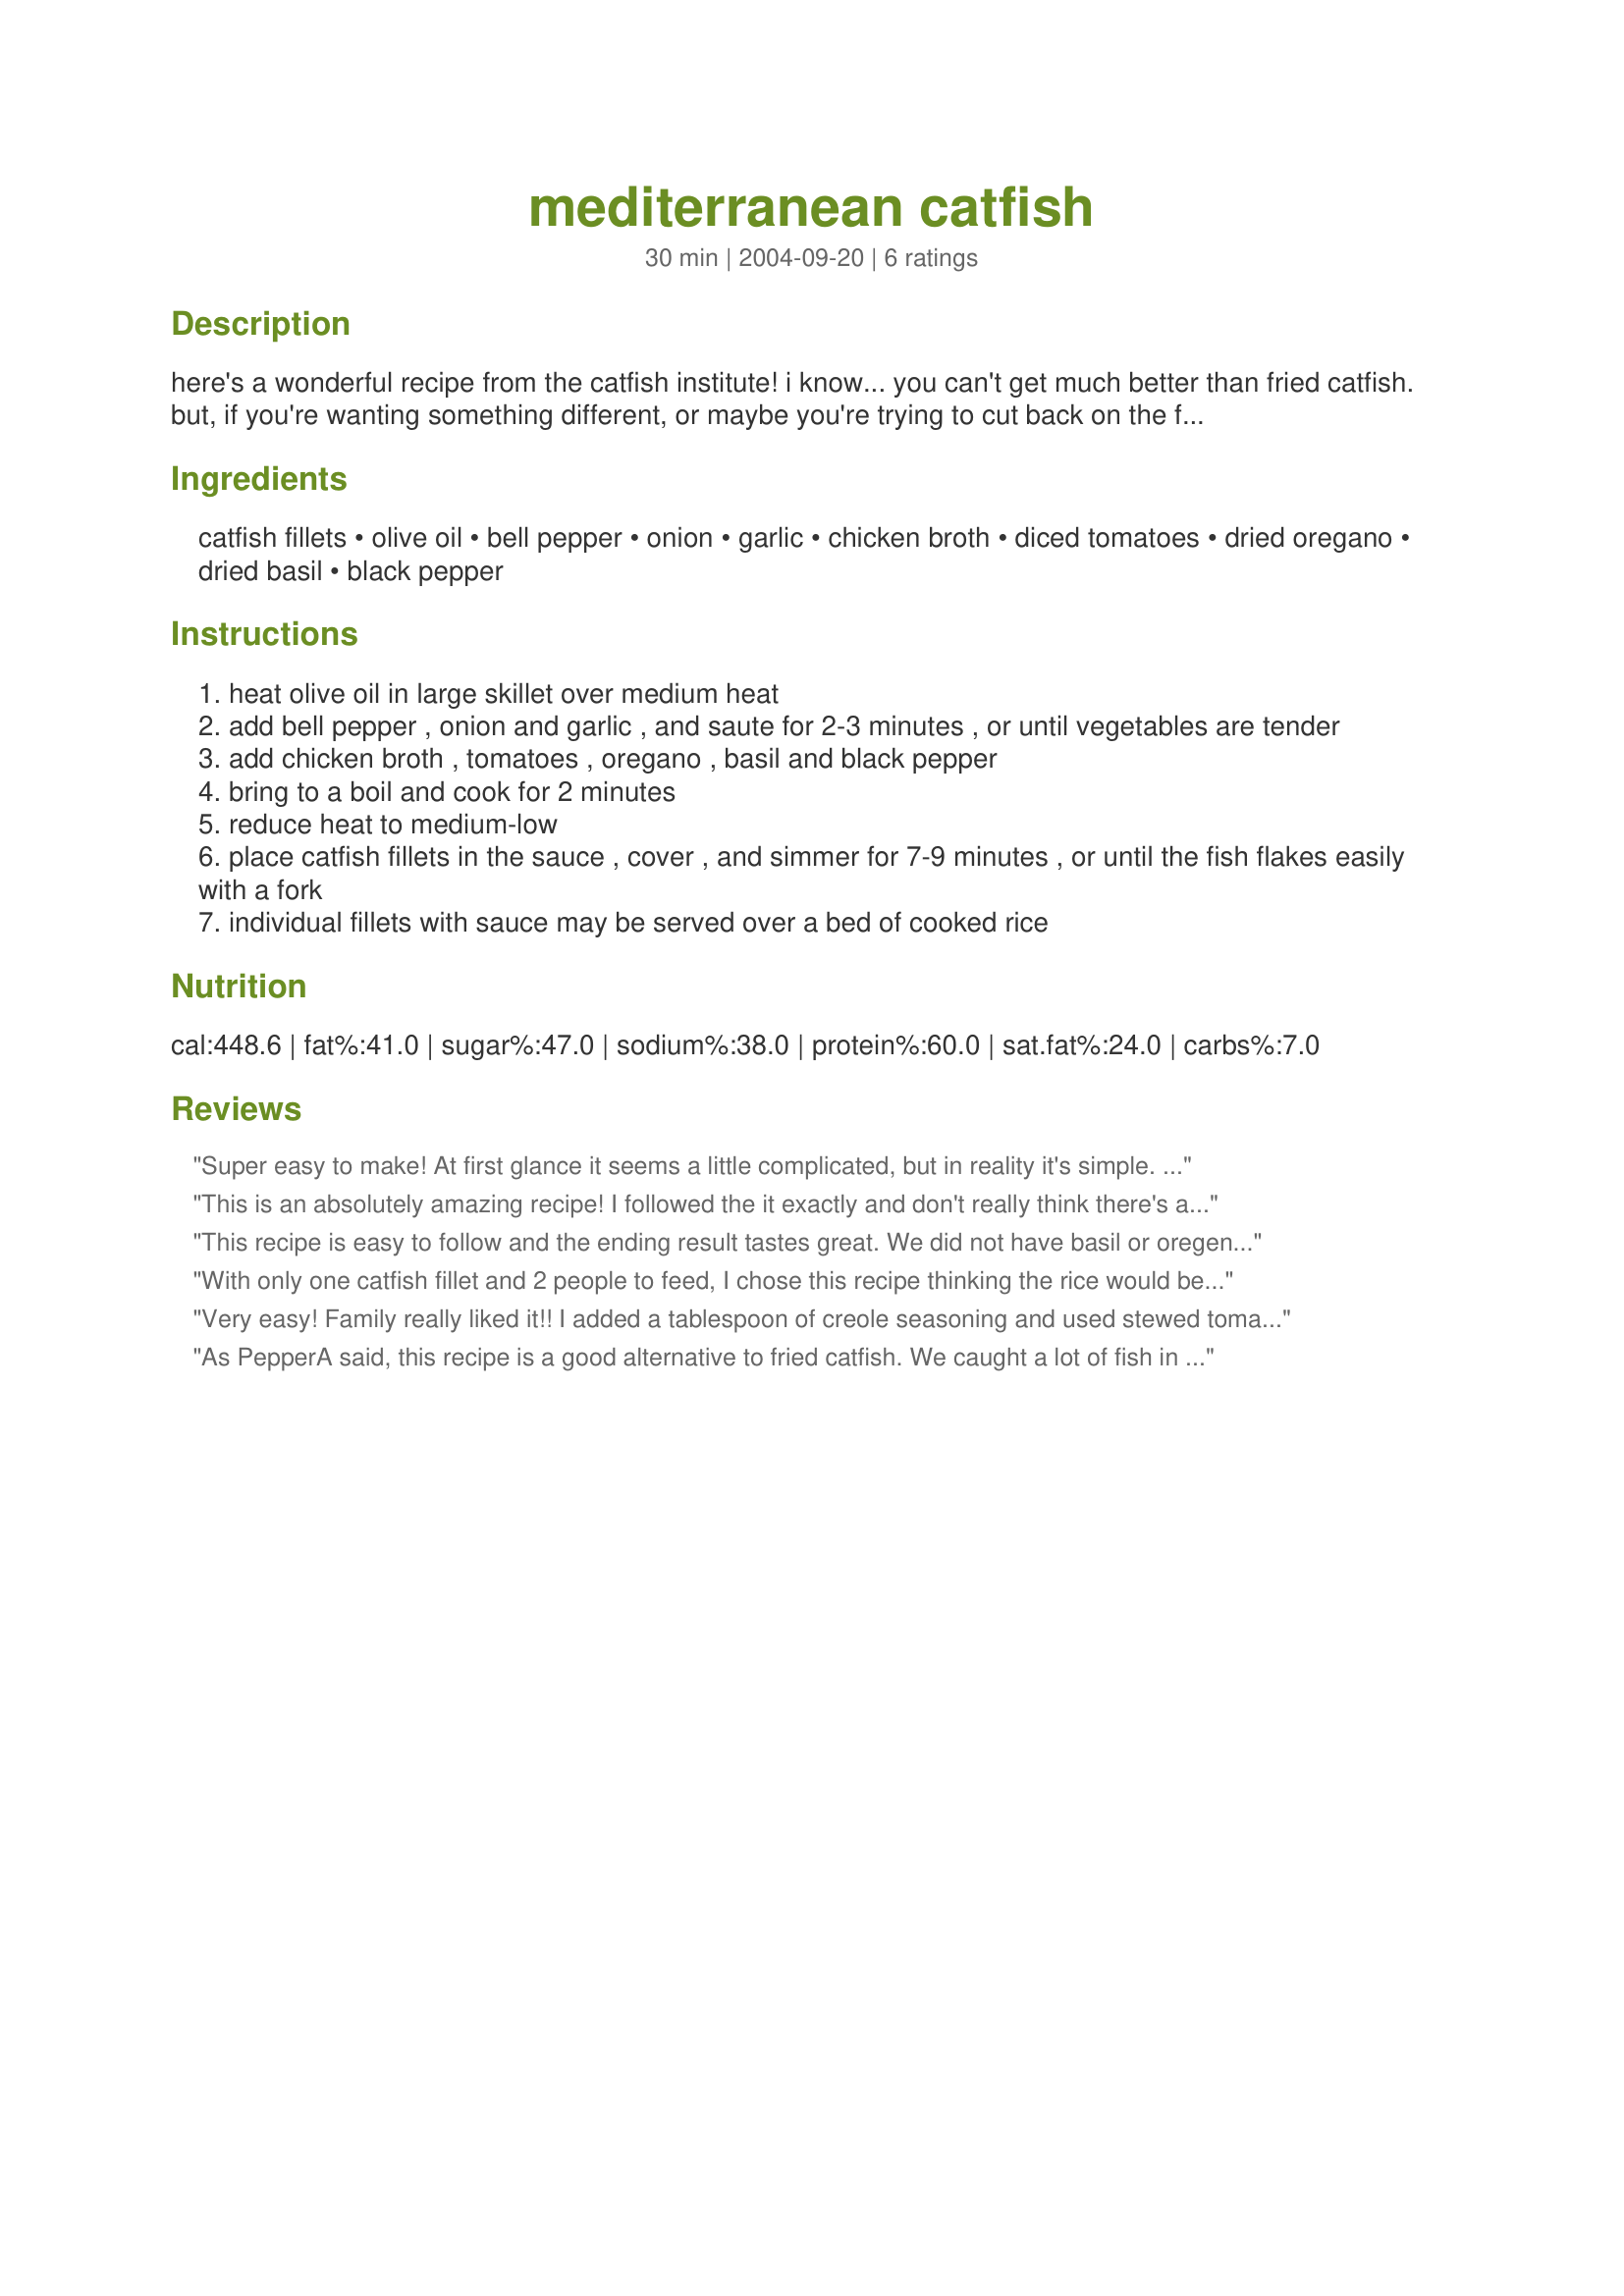
mediterranean catfish
Preparation time: 30 minutes

here's a wonderful recipe from the catfish institute! i know... you can't get much better than fried catfish. but, if you're wanting something different, or maybe you're trying to cut back on the fried foods, give this recipe a try. you won't be sorry! for those who like it hot, substitute ro*tel tomatoes for diced tomatoes.

Ingredients:
catfish fillets, olive oil, bell pepper, onion, garlic, chicken broth, diced tomatoes, dried oregano, dried basil, black pepper

Steps:
heat olive oil in large skillet over medium heat
add bell pepper , onion and garlic , and saute for 2-3 minutes , or until vegetables are tender
add chicken broth , tomatoes , oregano , basil and black pepper
bring to a boil and cook for 2 minutes
reduce heat to medium-low
place catfish fillets in the sauce , cover , and simmer for 7-9 minutes , or until the fish flakes easily with a fork
individual fillets with sauce may be served over a bed of cooked rice

Reviews:
Super easy to make! At first glance it seems a little complicated, but in reality it's simple. I used 2 bell peppers, one green and one yellow, so the dish came out looking beautiful with those colors and the red of the tomatoes. I will definitely make this again for my fiance.
This is an absolutely amazing recipe! I followed the it exactly and don't really think there's any way to improve it. You can still taste the catfish very well but it mellows the flavor out a little so my family loved.it. Thanks!
This recipe is easy to follow and the ending result tastes great. We did not have basil or oregeno, so we substituted with cajun spices. This is one to try again, but next time we will use a little more spice to bring out the flavor.
With only one catfish fillet and 2 people to feed, I chose this recipe thinking the rice would be filling and I had all the ingredients on hand. Discovering partway through that there was no chicken stock in the freezer or pantry, I was forced to substitute water (cutting the amount down to about 1/2 cup, hoping it wouldn't taste 'watery'). I added salt, which it definitely needed without the stock, and increased the other seasonings a little to personal taste. To my surprise, it was just a delicious meal! (And think how much better those "Nutrition Facts" must look if you take out the stock!) We added hot sauce at the table, so I'll definitely try it with Rotel next time. On taste alone, I would rate this recipe a strong 4 stars. Taking into account that it's so very quick, easy, inexpensive, healthy and adaptable, I decided it deserved the 5th. (Btw, he ate 2/3rds, I ate the rest -- and this dish 'stretched' that 1 lonely catfish enough that we both felt very well-fed.) Won't be dropping this one back into the recipe 'pool', 'cause it's a keeper. :) Thanks, PepperA!
Very easy! Family really liked it!! I added a tablespoon of creole seasoning and used stewed tomatoes(had them in the cabinet) and it turned out great! Will cook this again!!
As PepperA said, this recipe is a good alternative to fried catfish. We caught a lot of fish in the bay and had already fried some, so I was looking for something different. I was out of bell pepper and substituted green chiles. I also used fresh tomatoes from the farmer's market. Even with the chiles and added salt, I found the dish a bit bland, as did my husband. I will cook it again next time I go bay fishing and try to jazz it up a little (maybe some cajun seasoning?).
